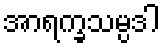
အာရက္ခသမ္ပဒါ